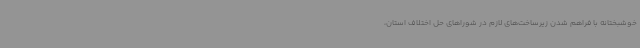
خوشبختانه با فراهم شدن زیرساخت‌های لازم در شوراهای حل اختلاف استان‌،